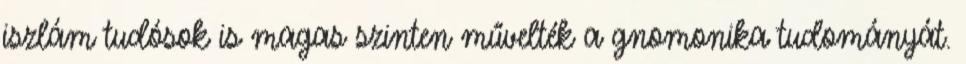
iszlám tudósok is magas szinten művelték a gnomonika tudományát.